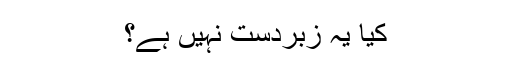
کیا یہ زبردست نہیں ہے؟